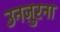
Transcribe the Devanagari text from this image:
उनज़ुरना